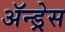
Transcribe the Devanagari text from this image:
ॲन्ड्रेस